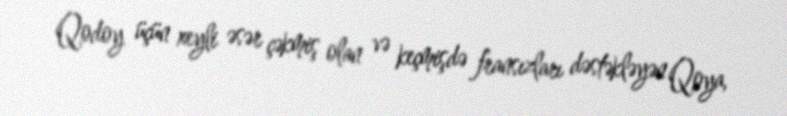
Qodoy üçün xeyli əsər çəkmiş olan və keçmişdə fransızları dəstəkləyən Qoya,